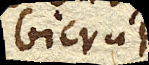
bicruri